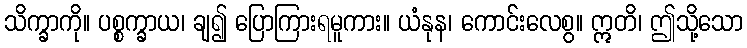
သိက္ခာကို။ ပစ္စက္ခာယ၊ ချ၍ ပြောကြားရမူကား။ ယံနုန၊ ကောင်းလေစွ။ ဣတိ၊ ဤသို့သော